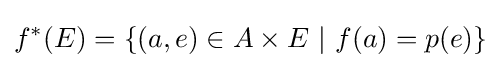
f^{*}(E)=\{(a,e)\in A\times E\ |\ f(a)=p(e)\}